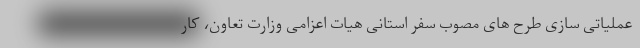
عملیاتی سازی طرح های مصوب سفر استانی هیات اعزامی وزارت تعاون، کار